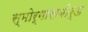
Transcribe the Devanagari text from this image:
स्मोर्गासबोर्ड